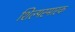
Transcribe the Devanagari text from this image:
शिल्पस्मारक